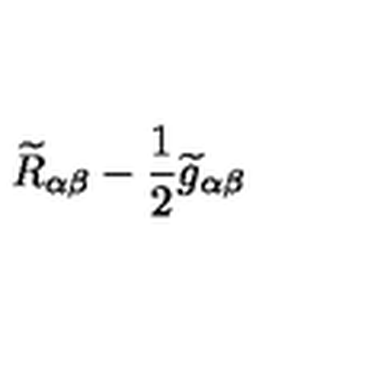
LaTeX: \widetilde { R } _ { \alpha \beta } - \frac 1 2 \widetilde { g } _ { \alpha \beta }